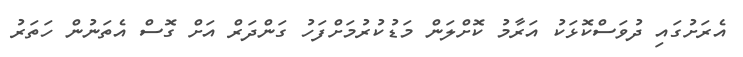
އެރަށުގައި ދުވަސްކޮޅަކު އަރާމު ކޮށްލަން މަޑުކުރުމަށްފަހު ގަންދަރް އަށް ގޮސް އެތަނުން ހަތަރު